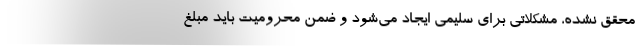
محقق نشده، مشکلاتی برای سلیمی ایجاد می‌شود و ضمن محرومیت باید مبلغ